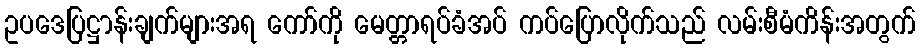
ဥပဒေပြဋ္ဌာန်းချက်များအရ ကော်ကို မေတ္တာရပ်ခံအပ် ကပ်ပြောလိုက်သည် လမ်းစီမံကိန်းအတွက်